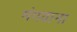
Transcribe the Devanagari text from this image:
मंगवाना